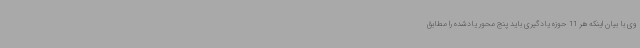
وی با بیان اینکه هر 11 حوزه یادگیری باید پنج محور یادشده را مطابق